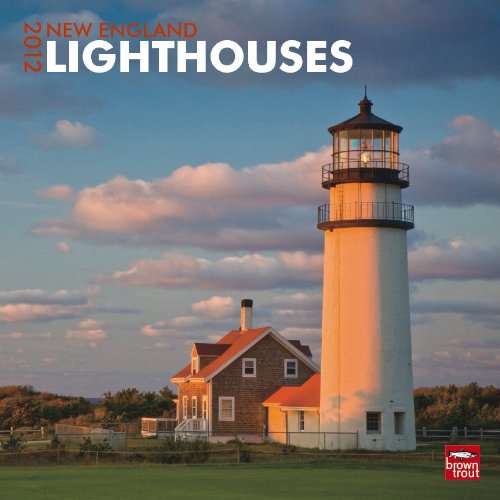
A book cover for New England Lighthouses 2012 Square 12X12 Wall Calendar (Multilingual Edition); BrownTrout Publishers Inc; Calendars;